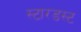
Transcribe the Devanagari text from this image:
स्‍टारडस्‍ट